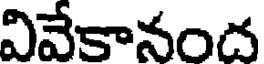
వివేకానంద